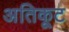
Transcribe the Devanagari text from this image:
अतिकूट